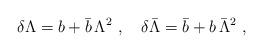
LaTeX: \begin{align*}\delta \Lambda = b + \bar b\, \Lambda^2~, \quad \delta \bar\Lambda = \bar b + b \,\bar\Lambda^2~, \end{align*}